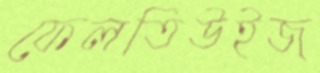
ফেলতিউইজ